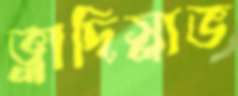
ভ্লাদিস্লাভ